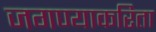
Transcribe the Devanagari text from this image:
जगण्याकरिता